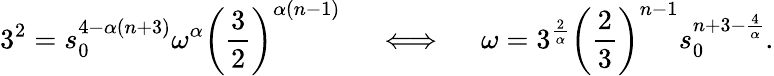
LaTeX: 3^{2}=s_{0}^{4-\alpha(n+3)}\omega^{\alpha}\left(\frac 32\right)^{\alpha(n-1)}\quad\iff\quad\omega=3^{\frac{2}{\alpha}}\left(\frac 23\right)^{n-1}s_{0}^{n+3-\frac{4}{\alpha}}.